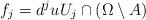
LaTeX: \begin{align*}f_j = d^j u U_j \cap (\Omega \setminus A)\end{align*}